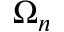
\Omega _ { n }